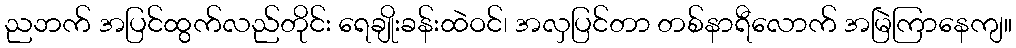
ညဘက် အပြင်ထွက်လည်တိုင်း ရေချိုးခန်းထဲဝင်၊ အလှပြင်တာ တစ်နာရီလောက် အမြဲကြာနေကျ။